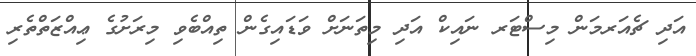
އަދި ޗެއަރމަން މިސްޓަރ ނައިކް އަދި މިތަނަށް ވަޑައިގެން ތިއްބެވި މިރަށުގެ ޢިއްޒަތްތެރި